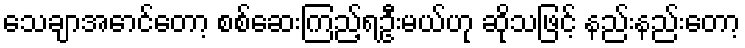
သေချာအောင်တော့ စစ်ဆေးကြည့်ရဦးမယ်ဟု ဆိုသဖြင့် နည်းနည်းတော့